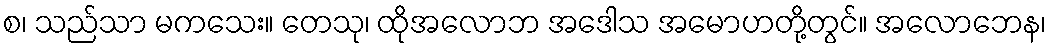
စ၊ သည်သာ မကသေး။ တေသု၊ ထိုအလောဘ အဒေါသ အမောဟတို့တွင်။ အလောဘေန၊